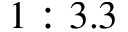
1 : 3 . 3